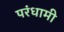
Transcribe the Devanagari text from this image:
परंधामी